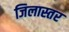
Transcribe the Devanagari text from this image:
जिलास्तर